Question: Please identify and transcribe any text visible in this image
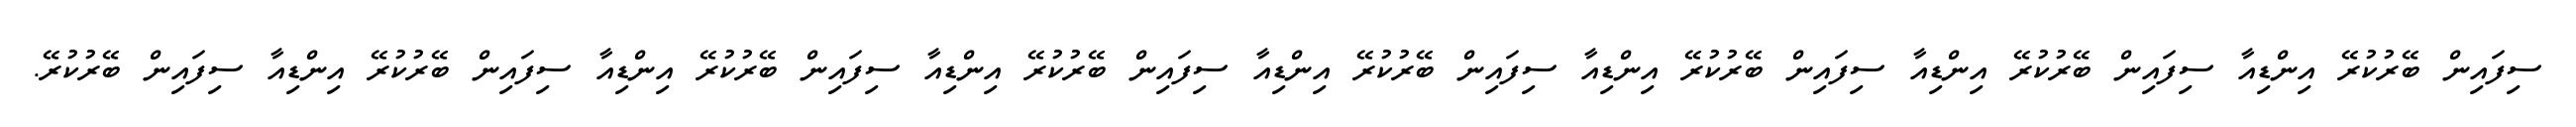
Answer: ސިފައިން ބޭރުކުރޭ އިންޑިއާ ސިފައިން ބޭރުކުރޭ އިންޑިއާ ސިފައިން ބޭރުކުރޭ އިންޑިއާ ސިފައިން ބޭރުކުރޭ އިންޑިއާ ސިފައިން ބޭރުކުރޭ އިންޑިއާ ސިފައިން ބޭރުކުރޭ އިންޑިއާ ސިފައިން ބޭރުކުރޭ އިންޑިއާ ސިފައިން ބޭރުކުރޭ.